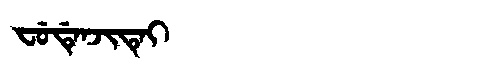
Manchu: ᠸᡠᡩᡝᠨᠵᡳᡨᡝᡳ
Romanization: FUDENJITEI